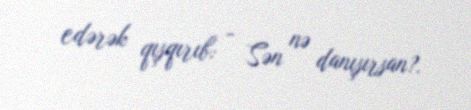
edərək qışqırıb: - Sən nə danışırsan?.